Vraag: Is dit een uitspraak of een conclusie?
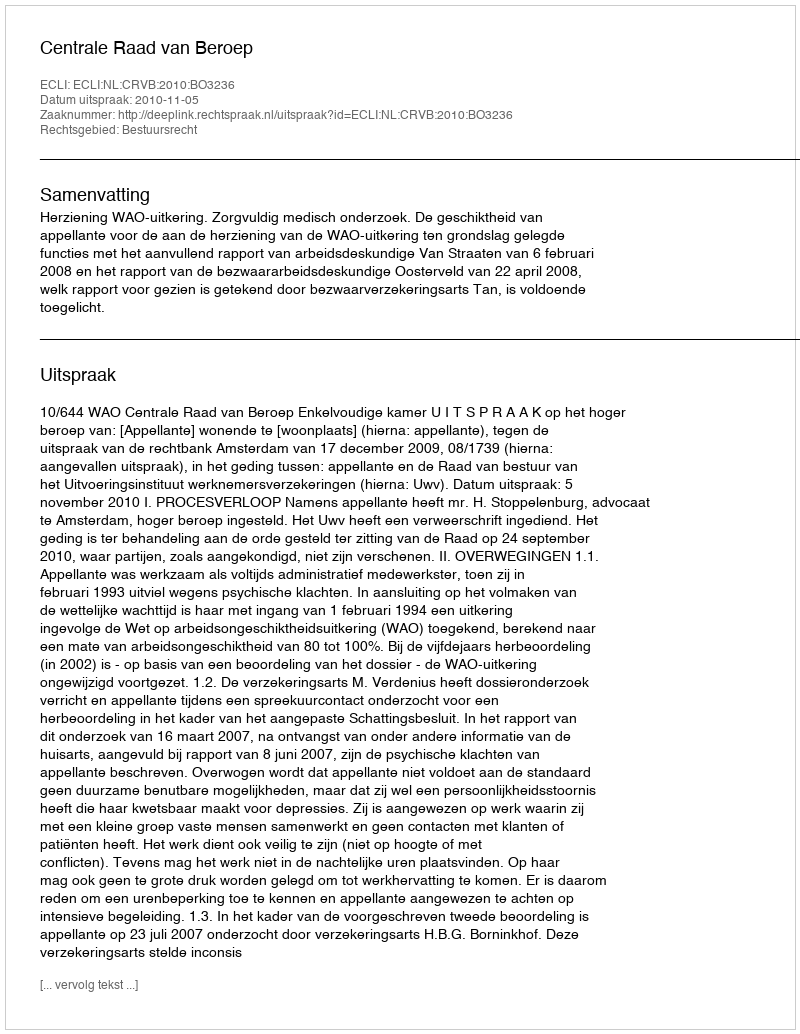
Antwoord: Uitspraak